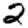
Digit: 2